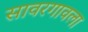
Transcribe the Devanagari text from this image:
सावरगावला